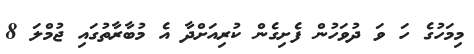
މިމަހުގެ ހަ ވަ ދުވަހުން ފެށިގެން ކުރިއަށްދާ އެ މުބާރާތުގައި ޖުމްލަ 8